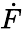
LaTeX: \dot{F}